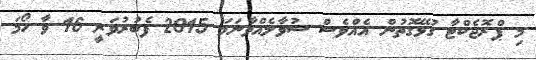
މި ޕްރޮޖެކްޓާ ގުޅޭގޮތުން އެއްވެސް ސުވާލެއްވާނަމަ 2015 ފެބުރުވަރީ 16 ވާ ހޯމަ